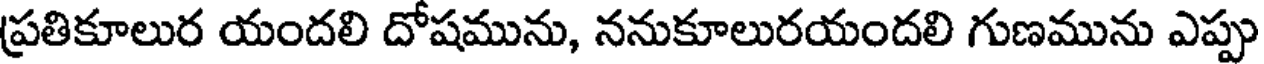
ప్రతికూలుర యందలి దోషమును, ననుకూలురయందలి గుణమును ఎప్పు